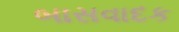
બાસવાદક